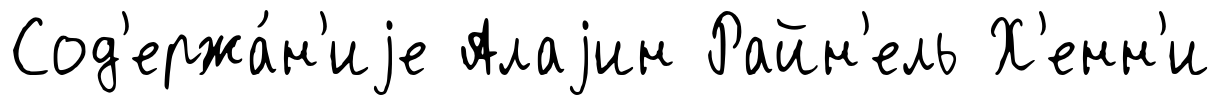
Сод'ержа́н'иjе Алаjин Райн'ель Х'енн'и